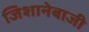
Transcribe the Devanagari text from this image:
जिशानेबाजी